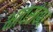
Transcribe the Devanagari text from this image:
भावसंबंध